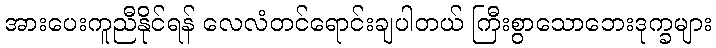
အားပေးကူညီနိုင်ရန် လေလံတင်ရောင်းချပါတယ် ကြီးစွာသောဘေးဒုက္ခများ